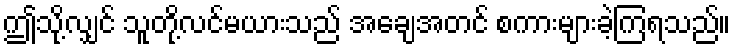
ဤသို့လျှင် သူတို့လင်မယားသည် အချေအတင် စကားများခဲ့ကြရသည်။